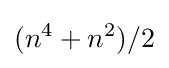
(n^{4}+n^{2})/2